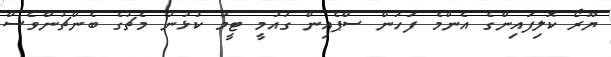
ޔޫރޯ ކޮލިފައިންގެ އެންމެ ފަހުން ސްޕެއިން ގައުމީ ޓީމު ކުޅުނު މެޗުގެ ބެންޗުންވެސް